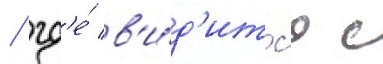
/ гд'е́ в'и́д'итс'я с